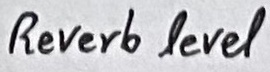
Text: Reverb level